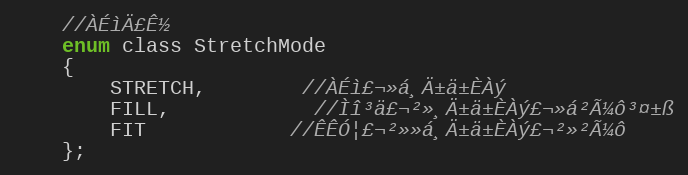
Language: C
	//À­ÉìÄ£Ê½
	enum class StretchMode
	{
		STRETCH,		//À­Éì£¬»á¸Ä±ä±ÈÀý
		FILL,			//Ìî³ä£¬²»¸Ä±ä±ÈÀý£¬»á²Ã¼ô³¤±ß
		FIT			//ÊÊÓ¦£¬²»»á¸Ä±ä±ÈÀý£¬²»²Ã¼ô
	};